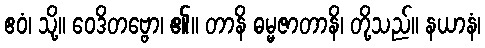
ဧဝံ၊ သို့။ ဝေဒိတဗ္ဗော၊ ၏။ တာနိ ဓမ္မဇာတာနိ၊ တို့သည်။ နယာနံ၊